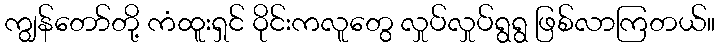
ကျွန်တော်တို့ ကံထူးရှင် ဝိုင်းကလူတွေ လှုပ်လှုပ်ရွရွ ဖြစ်လာကြတယ်။